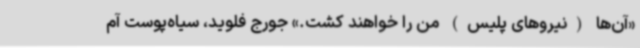
«آن‌ها (نیروهای پلیس) من را خواهند کشت.» جورج فلوید، سیاه‌پوست آم